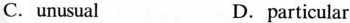
C.unusual D.particular